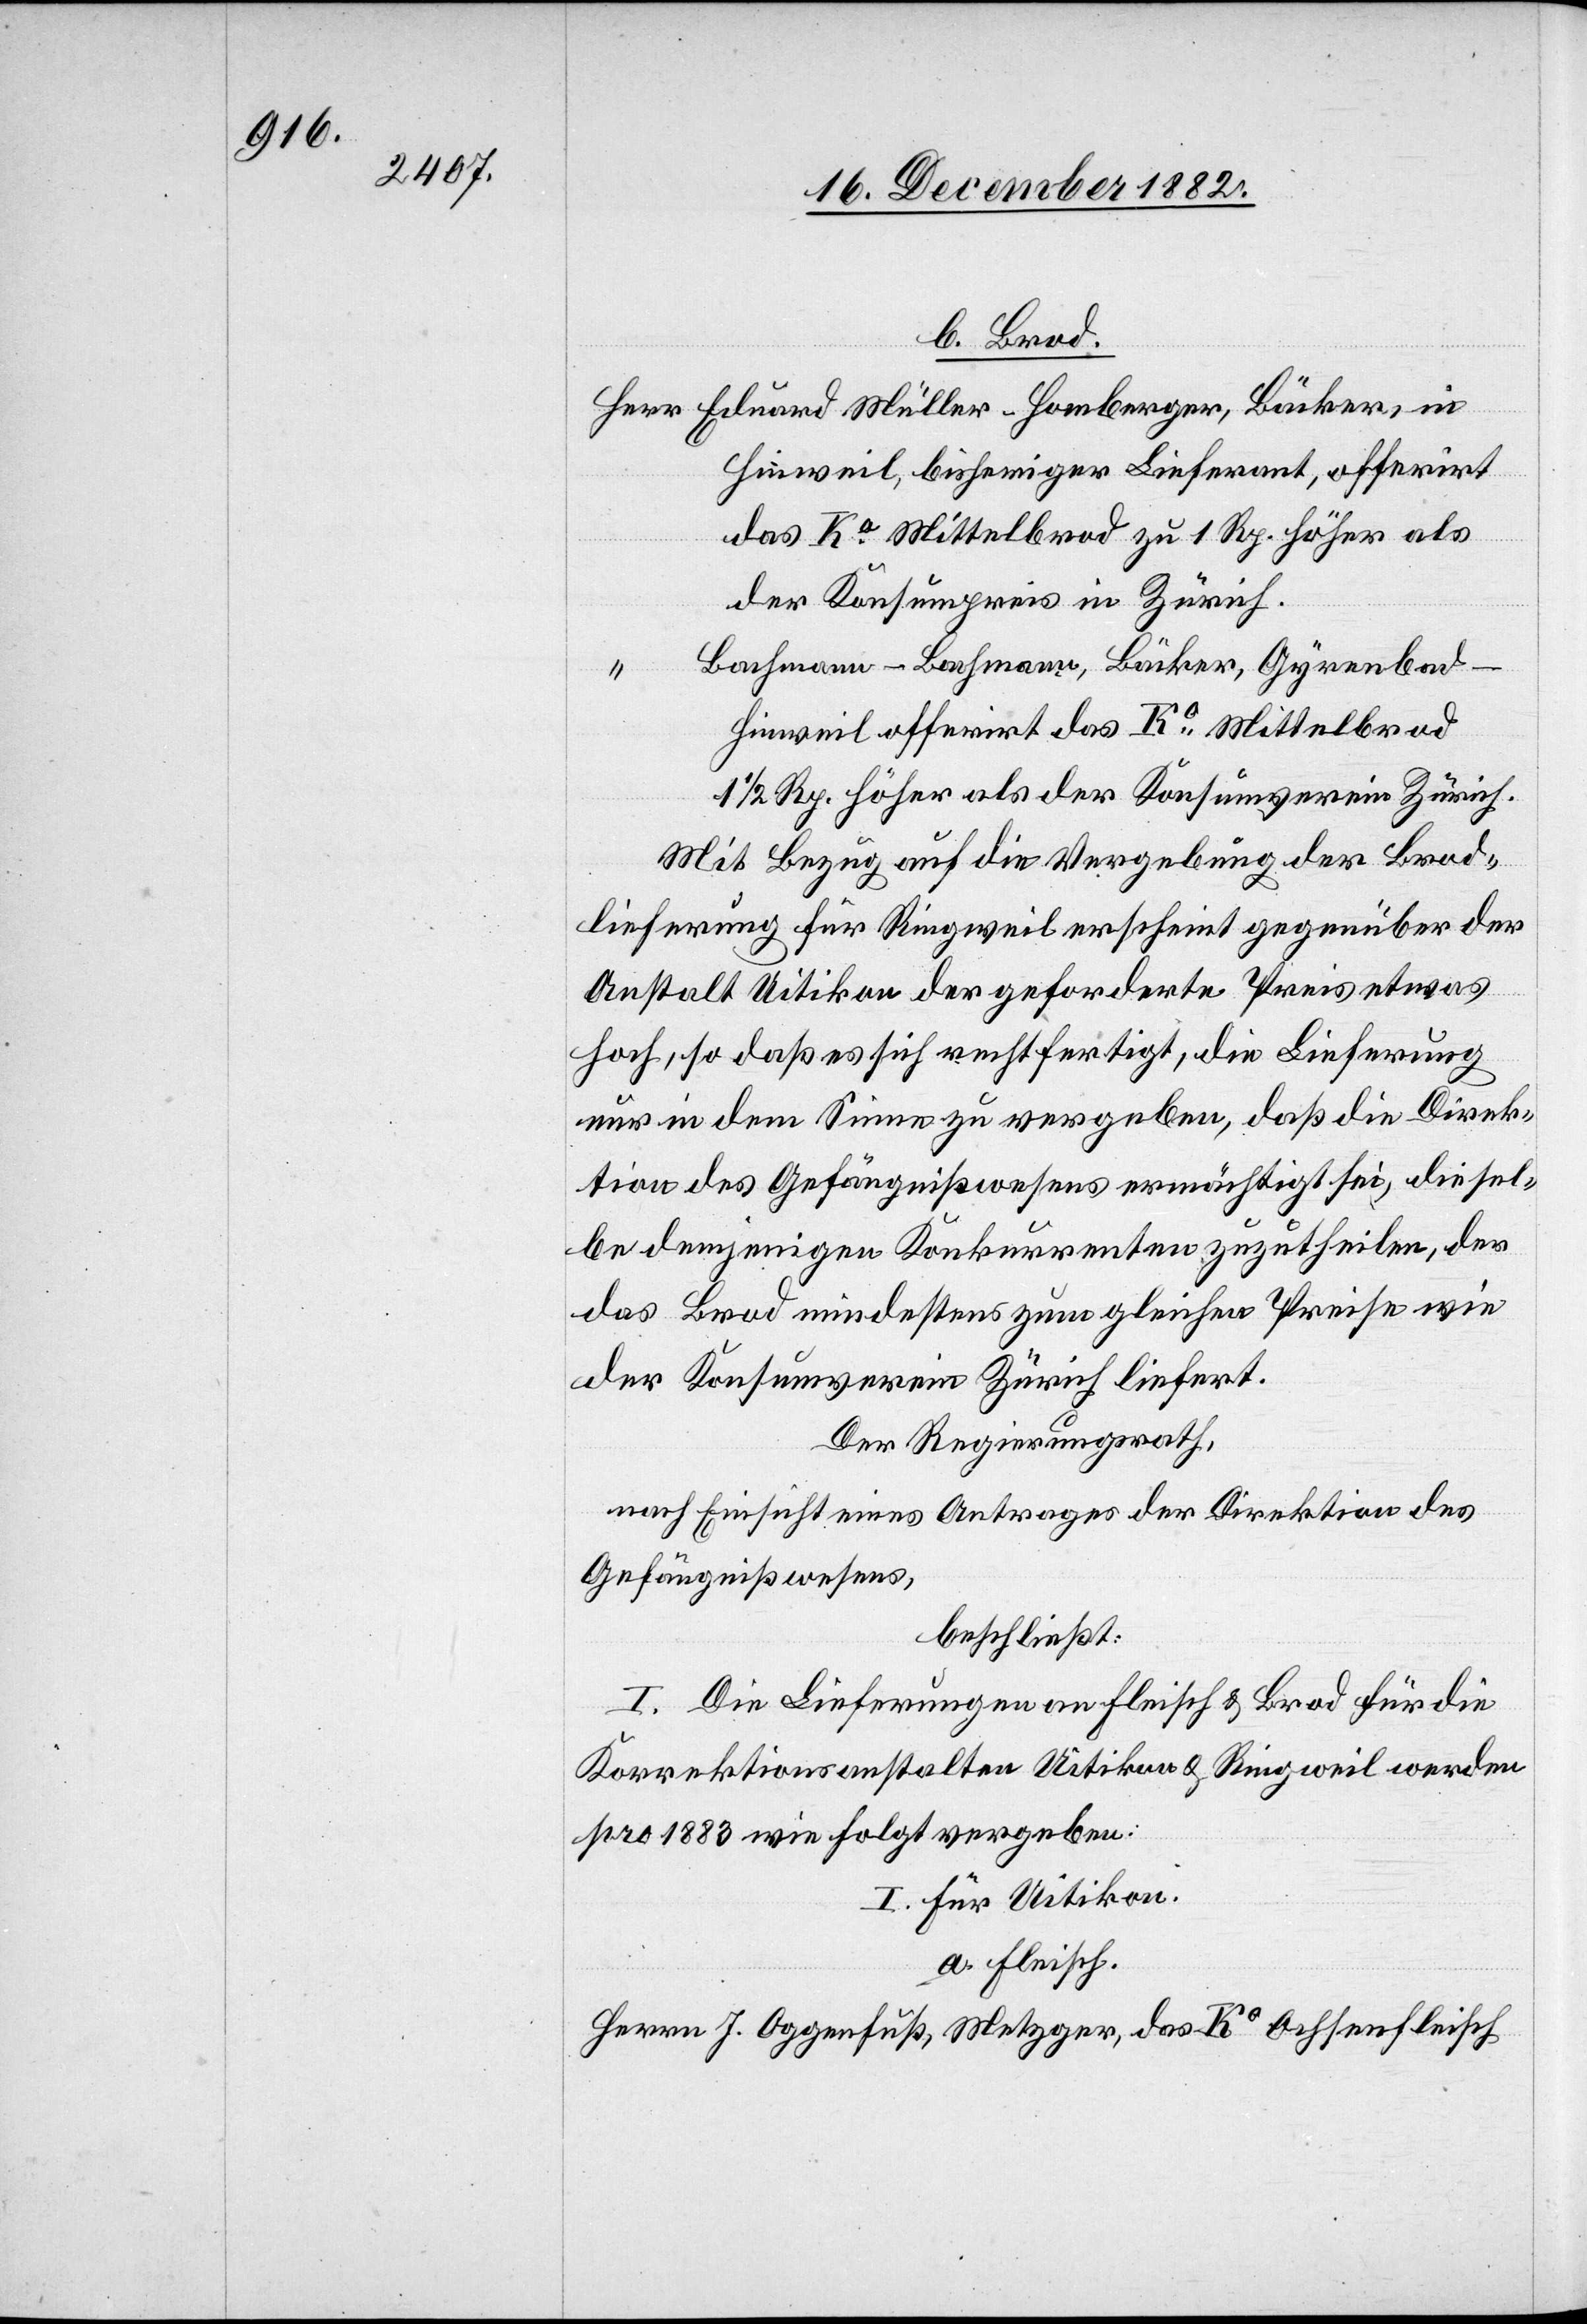
b. Brod.
Hinweil, bisheriger Lieferant, offerirt
das Ko Mittelbrod zu 1 Rp. höher als
der Konsumpreis in Zürich.
Bachmann-Bachmann, Bäcker, Gyrenbad -
Hinweil offerirt das Ko Mittelbrod
1/2 Rp. höher als der Konsumverein Zürich
Mit Bezug auf die Vergebung der Brod¬
lieferung für Ringweil erscheint gegenüber der
Anstalt Uitikon der geforderte Preis etwas
hoch, so daß es sich rechtfertigt, die Lieferung
nur in dem Sinne zu vergeben, daß die Direk¬
tion des Gefängnißwesens ermächtigt sei, diesel¬
be demjenigen Konkurrenten zuzutheilen, der
das Brod mindestens zum gleichen Preise wie
der Konsumverein Zürich liefert.
Der Regierungsrath,
nach Einsicht eines Antrages der Direktion des
Gefängnißwesens,
beschließt:
I. Die Lieferungen Fleisch & Brod für die
Korrektionsanstalten Uitikon & Ringweil werden
pro 1883 wie folgt vergeben:
I. Für Uitikon.
a. Fleisch.
Herrn J. Oggenfuß, Metzger, das Ko Ochsenfleisch

in